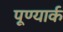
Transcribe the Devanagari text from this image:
पूण्यार्क